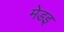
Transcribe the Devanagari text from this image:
मेडइ